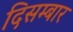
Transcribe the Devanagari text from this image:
दिसम्बार